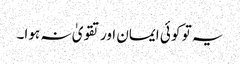
یہ تو کو ئی ایمان اور تقویٰ نہ ہوا۔